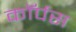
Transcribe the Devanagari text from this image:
काॅर्पस